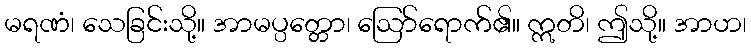
မရဏံ၊ သေခြင်းသို့။ အာမပ္ပတ္တော၊ ဩော်ရောက်၏။ ဣတိ၊ ဤသို့။ အာဟ၊